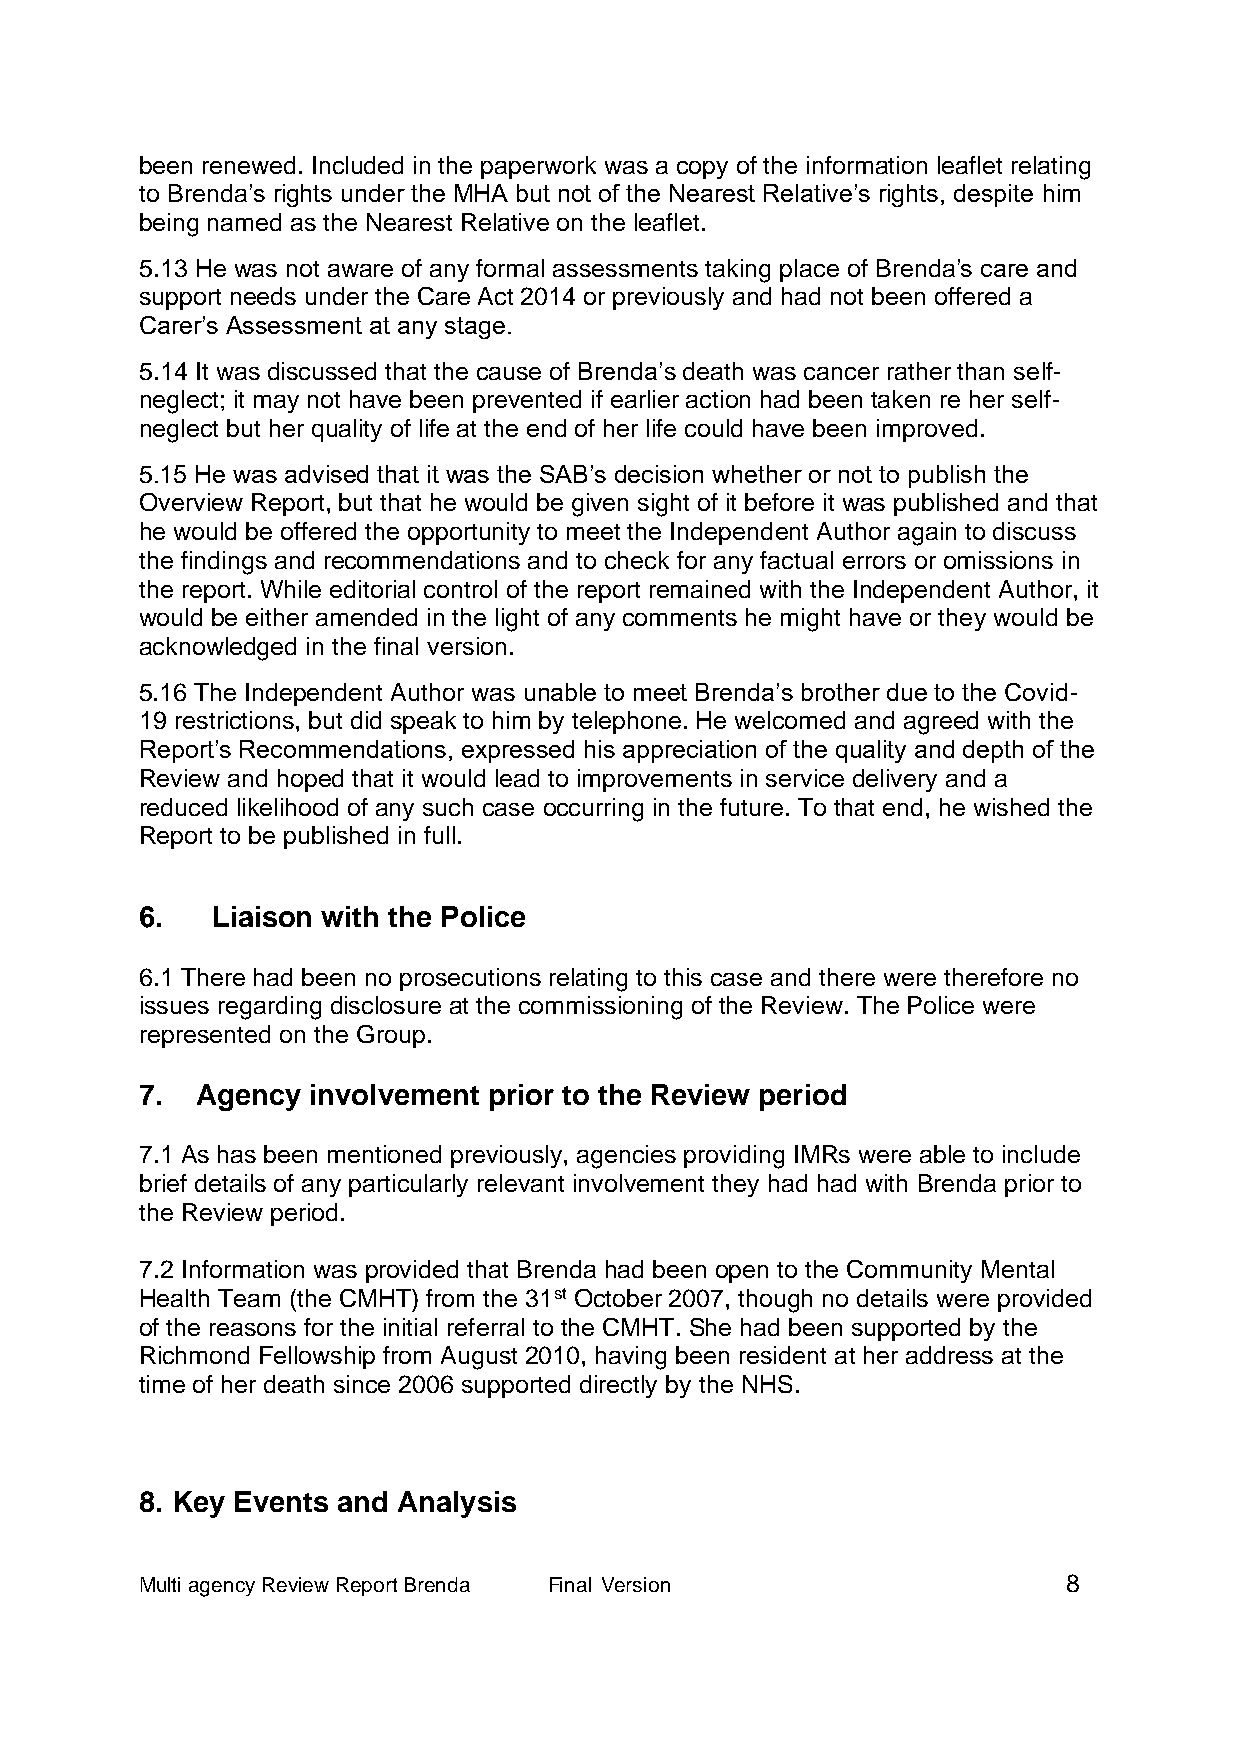
been renewed. Included in the paperwork was a copy of the information leaflet relating
 to Brenda’s rights under the MHA but not of the Nearest Relative’s rights, despite him
 being named as the Nearest Relative on the leaflet.
 5.13 He was not aware of any formal assessments taking place of Brenda’s care and
 support needs under the Care Act 2014 or previously and had not been offered a
 Carer’s Assessment at any stage.
 5.14 It was discussed that the cause of Brenda’s death was cancer rather than self-
 neglect; it may not have been prevented if earlier action had been taken re her self-
 neglect but her quality of life at the end of her life could have been improved.
 5.15 He was advised that it was the SAB’s decision whether or not to publish the
 Overview Report, but that he would be given sight of it before it was published and that
 he would be offered the opportunity to meet the Independent Author again to discuss
 the findings and recommendations and to check for any factual errors or omissions in
 the report. While editorial control of the report remained with the Independent Author, it
 would be either amended in the light of any comments he might have or they would be
 acknowledged in the final version.
 5.16 The Independent Author was unable to meet Brenda’s brother due to the Covid-
 19 restrictions, but did speak to him by telephone. He welcomed and agreed with the
 Report’s Recommendations, expressed his appreciation of the quality and depth of the
 Review and hoped that it would lead to improvements in service delivery and a
 reduced likelihood of any such case occurring in the future. To that end, he wished the
 Report to be published in full.
 6.   Liaison with the Police
 6.1 There had been no prosecutions relating to this case and there were therefore no
 issues regarding disclosure at the commissioning of the Review. The Police were
 represented on the Group.
 7.  Agency involvement prior to the Review period
 7.1 As has been mentioned previously, agencies providing IMRs were able to include
 brief details of any particularly relevant involvement they had had with Brenda prior to
 the Review period.
 7.2 Information was provided that Brenda had been open to the Community Mental
 Health Team (the CMHT) from the 31st October 2007, though no details were provided
 of the reasons for the initial referral to the CMHT. She had been supported by the
 Richmond Fellowship from August 2010, having been resident at her address at the
 time of her death since 2006 supported directly by the NHS.
 8. Key Events and Analysis
 Multi agency Review Report Brenda Final Version               8